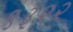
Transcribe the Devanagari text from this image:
९३२२